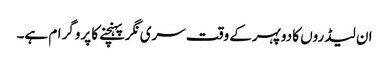
ان لیڈروں کا دوپہرکے وقت سری نگرپہنچنے کا پروگرام ہے۔